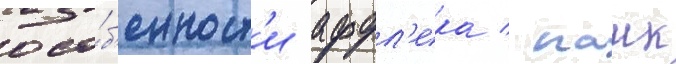
осо́б'енност'и аффл'ека / паик